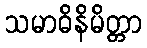
သမာဓိနိမိတ္တာ